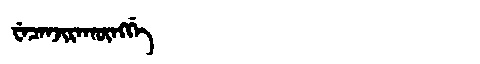
Manchu: ᠸᡝᠴᡝᠨᠵᡳᡵᠠᡴᡡᠩᡤᡝ
Romanization: WECENJIRAKŪNGGE